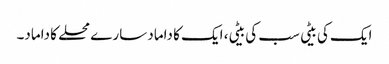
ایک کی بیٹی سب کی بیٹی، ایک کا داماد سارے محلے کا داماد۔